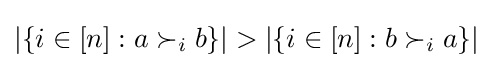
|\{i\in [n]:a\succ _{i}b\}|>|\{i\in [n]:b\succ _{i}a\}|